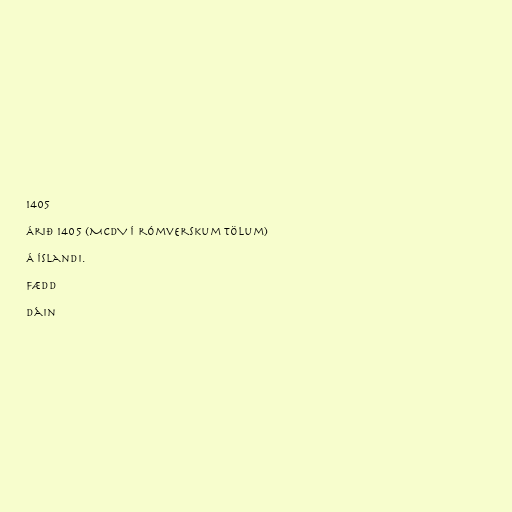
1405

Árið 1405 (MCDV í rómverskum tölum)

Á Íslandi.

Fædd

Dáin